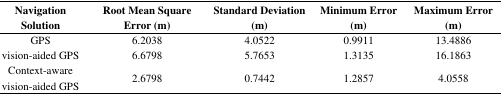
<table><thead><tr><td><b>Navigation Solution</b></td><td><b>Root Mean Square Error (m)</b></td><td><b>Standard Deviation (m)</b></td><td><b>Minimum Error (m)</b></td><td><b>Maximum Error (m)</b></td></tr></thead><tbody><tr><td>GPS</td><td>6.2038</td><td>4.0522</td><td>0.9911</td><td>13.4886</td></tr><tr><td>vision-aided GPS</td><td>6.6798</td><td>5.7653</td><td>1.3135</td><td>16.1863</td></tr><tr><td>Context-aware vision-aided GPS</td><td>2.6798</td><td>0.7442</td><td>1.2857</td><td>4.0558</td></tr></tbody></table>